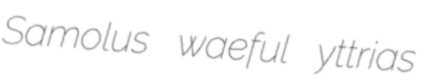
Samolus waeful yttrias